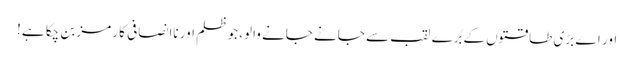
اور اے بڑی طاقتوں کے بُرے لقب سے جانے جانے والو، جو ظلم اور ناانصافی کا رمز بن چکا ہے!